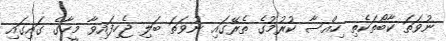
ނުވަތަ ކާބޯތަކެތި ހިއްސާ ކުރުމުގެ ތެރޭގައި ނުވަތަ ބަލި ޖެހިފައިވާ މީހާގެ ގައިގައި